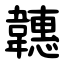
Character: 韢